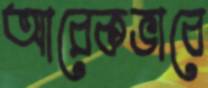
আরেকভাবে